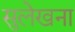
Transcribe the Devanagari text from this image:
सुलेखना